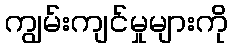
ကျွမ်းကျင်မှုများကို